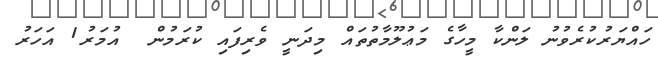
ހައްޔަރުކުރެވުނު ލަންކާ މީހާގެ މަޢުލޫމާތުތައް މިދަނީ ވެރިފައި ކުރަމުން  އުމަރު1 އަހަރު